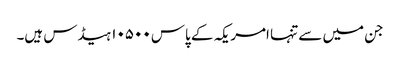
جن میں سے تنہا امریکہ کے پاس ۱۰۵۰۰ ہیڈس ہیں۔